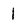
Character: l